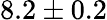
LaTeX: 8.2\pm 0.2